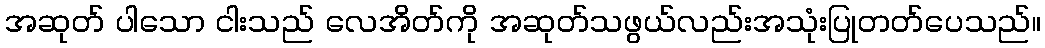
အဆုတ် ပါသော ငါးသည် လေအိတ်ကို အဆုတ်သဖွယ်လည်းအသုံးပြုတတ်ပေသည်။